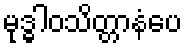
မုဒ္ဓါဝသိတ္တာနံပေ